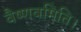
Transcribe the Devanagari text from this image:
वैष्णवमिति।